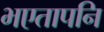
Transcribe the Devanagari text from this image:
भएतापनि